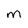
Character: m